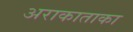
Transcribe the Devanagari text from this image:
अराकाताका